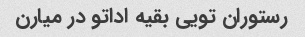
رستوران تویی بقیه اداتو در میارن